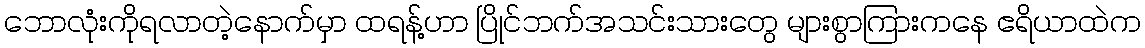
ဘောလုံးကိုရလာတဲ့နောက်မှာ ထရန့်ဟာ ပြိုင်ဘက်အသင်းသားတွေ များစွာကြားကနေ ဧရိယာထဲက